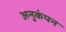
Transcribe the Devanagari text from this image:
अनुकंपन